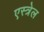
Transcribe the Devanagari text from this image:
एस्त्रेल